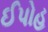
ઈપોહ